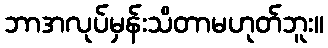
ဘာအလုပ်မှန်းသိတာမဟုတ်ဘူး။